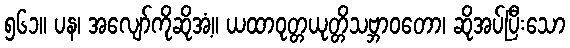
၅၆၁။ ပန၊ အလျော်ကိုဆိုအံ့။ ယထာဝုတ္တယုတ္တိသဗ္ဘာဝတော၊ ဆိုအပ်ပြီးသော